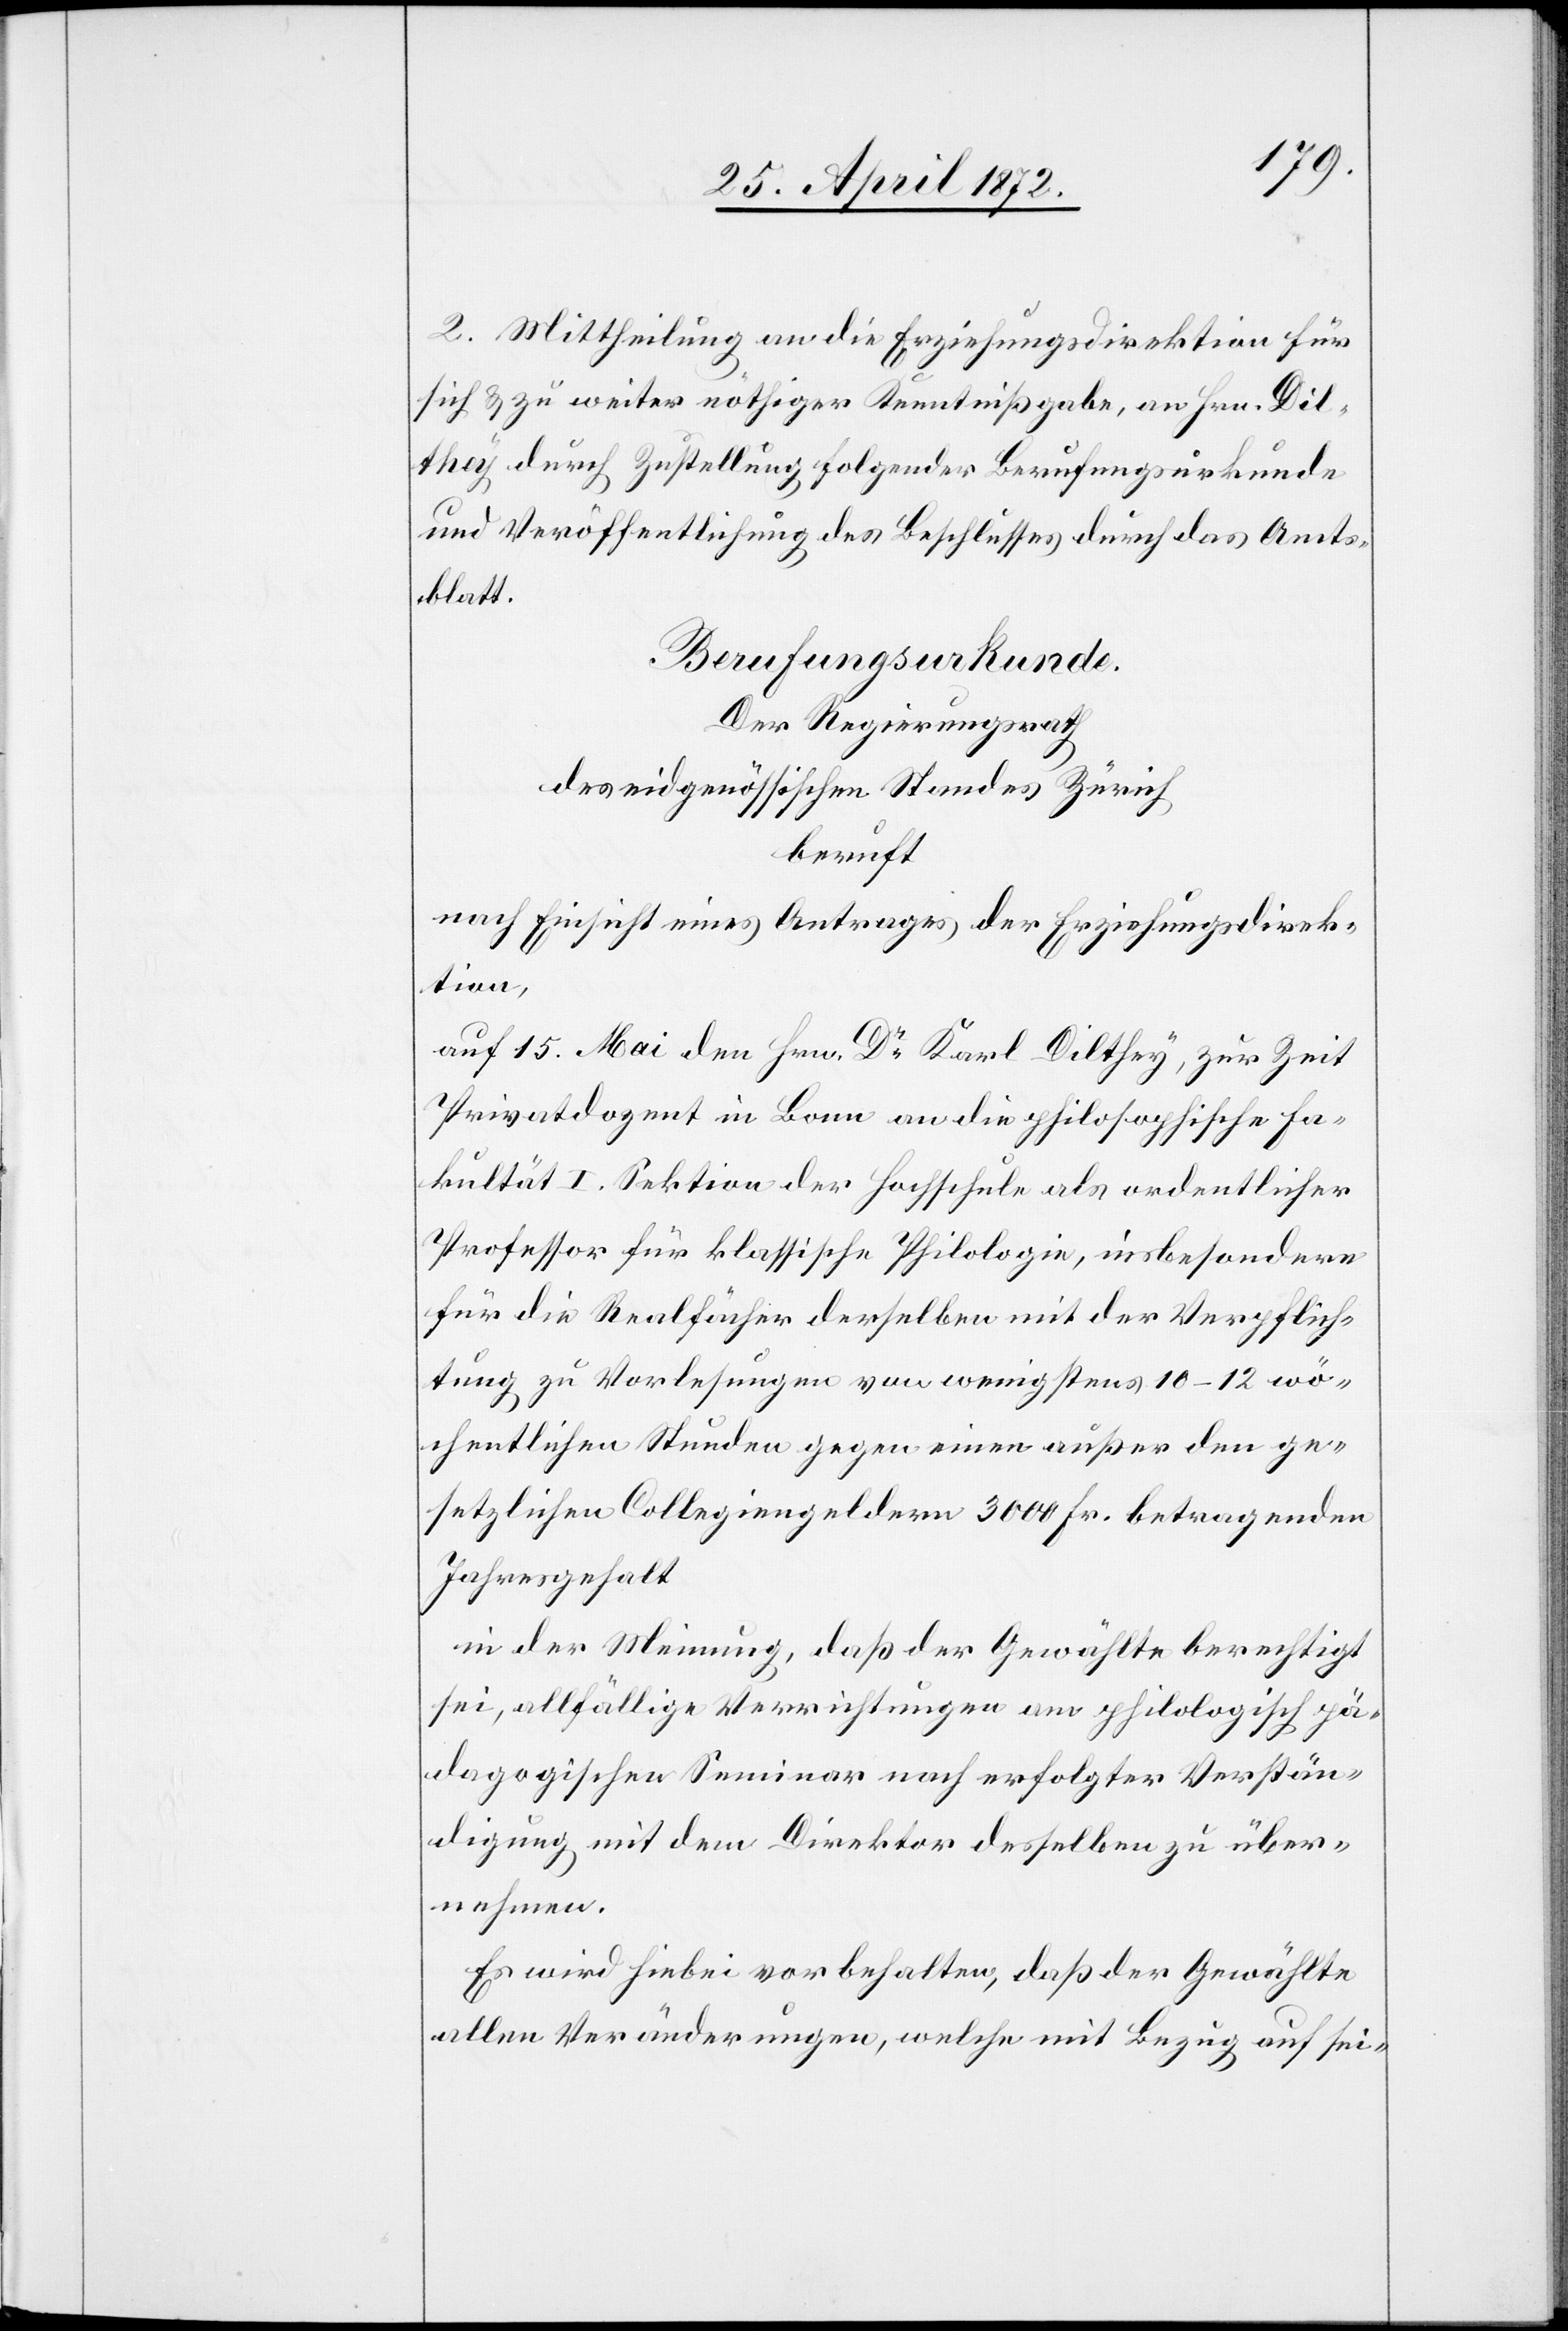
2. Mittheilung an die Erziehungsdirektion für
sich u. zu weiter nöthiger Kenntnißgabe, an Hrn. Dil¬
they durch Zustellung folgender Berufungsurkunde
und Veröffentlichung des Beschlusses durch das Amts¬
blatt.
Berufungsurkunde.
Der Regierungsrath
des eidgenössischen Standes Zürich
beruft
nach Einsicht eines Antrages der Erziehungsdirek¬
tion,
auf 15. Mai den Hrn. Dr Karl Dilthey, zur Zeit
Privatdozent in Bonn an die philosophische Fa¬
kultät I. Sektion der Hochschule als ordentlicher
Professor für klassische Philologie, insbesondere
für die Realfächer derselben mit der Verpflich¬
tung zu Vorlesungen von wenigstens 10–12 wö¬
chentlichen Stunden gegen einen außer den ge¬
setzlichen Collegiengeldern 3000 Fr. betragenden
Jahresgehalt.
der Meinung, daß der Gewählte berechtigt
sei, allfällige Verrichtungen am philologisch pä¬
dagogischen Seminar nach erfolgter Verstän¬
digung mit dem Direktor desselben zu über¬
nehmen.
Es wird hiebei vorbehalten, daß der Gewählte
allen Veränderungen, welche mit Bezug auf sei-